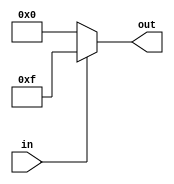
module one_to_four_decoder
(
	input wire        in,	/// 1-bit input
	output wire [3:0] out	/// 4-bit output
);

	assign out =
		(in == 1'b0) ? 4'b0000 : 4'b1111;
		
endmodule